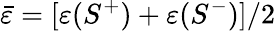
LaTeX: \bar{\varepsilon}=[\varepsilon(S^{+})+\varepsilon(S^{-})]/2